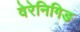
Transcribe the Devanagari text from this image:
वेरेनिगिङ